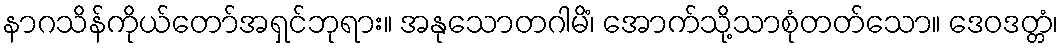
နာဂသိန်ကိုယ်တော်အရှင်ဘုရား။ အနုသောတဂါမိံ၊ အောက်သို့သာစုံတတ်သော။ ဒေဝဒတ္တံ၊